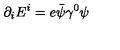
\partial _ { i } E ^ { i } = e { \bar { \psi } } \gamma ^ { 0 } \psi